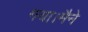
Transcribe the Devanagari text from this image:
गया।मैने